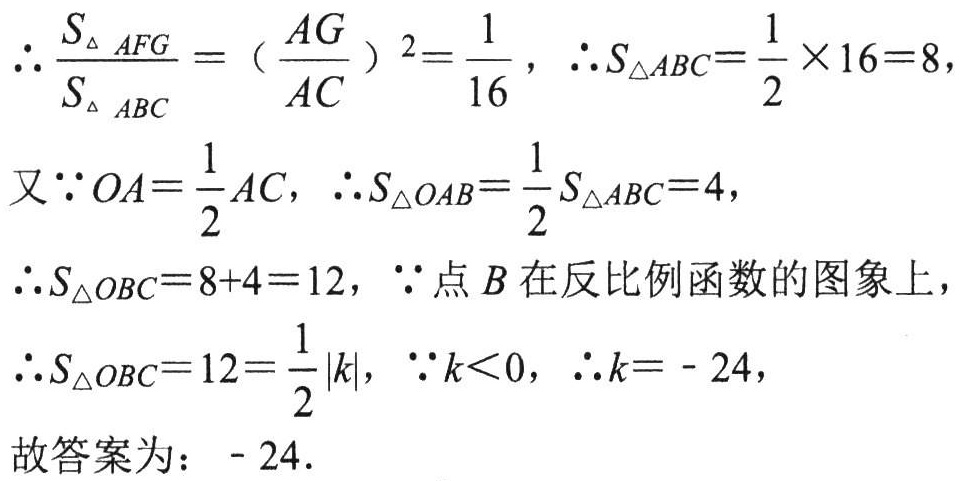
\(\therefore \frac{S_{\triangle AFG}}{S_{\triangle ABC}} = (\frac{AG}{AC})^2=\frac{1}{16}, \therefore S_{\triangle ABC}=\frac{1}{2} \times 16 = 8,\)

又\(\because OA=\frac{1}{2}AC, \therefore S_{\triangle OAB}=\frac{1}{2}S_{\triangle ABC}=4,\)

\(\therefore S_{\triangle OBC}=8 + 4 = 12, \because\)点\(B\)在反比例函数的图象上，

\(\therefore S_{\triangle OBC}=12=\frac{1}{2}|k|, \because k<0, \therefore k = - 24,\)

故答案为：\(- 24\).